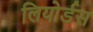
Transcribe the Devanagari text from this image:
लियोर्डस